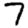
Digit: 7